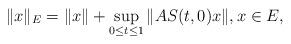
LaTeX: \begin{gather*}\|x\|_E=\|x\|+\sup_{0\le t\le 1}\|AS(t,0)x\|, x\in E,\end{gather*}